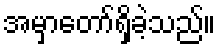
အမှာတော်ရှိခဲ့သည်။